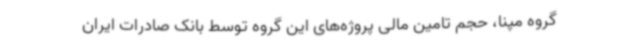
گروه مپنا، حجم تامین مالی پروژه‌های این گروه توسط بانک صادرات ایران